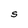
Character: S